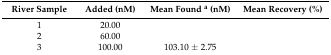
<table><thead><tr><td><b>River Sample</b></td><td><b>Added (nM)</b></td><td><b>Mean Found <sup>a</sup> (nM)</b></td><td><b>Mean Recovery (%)</b></td></tr></thead><tbody><tr><td>1</td><td>20.00</td><td>[EMPTY_CELL]</td><td>[EMPTY_CELL]</td></tr><tr><td>2</td><td>60.00</td><td>[EMPTY_CELL]</td><td>[EMPTY_CELL]</td></tr><tr><td>3</td><td>100.00</td><td>103.10 ± 2.75</td><td>[EMPTY_CELL]</td></tr></tbody></table>